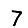
Digit: 7